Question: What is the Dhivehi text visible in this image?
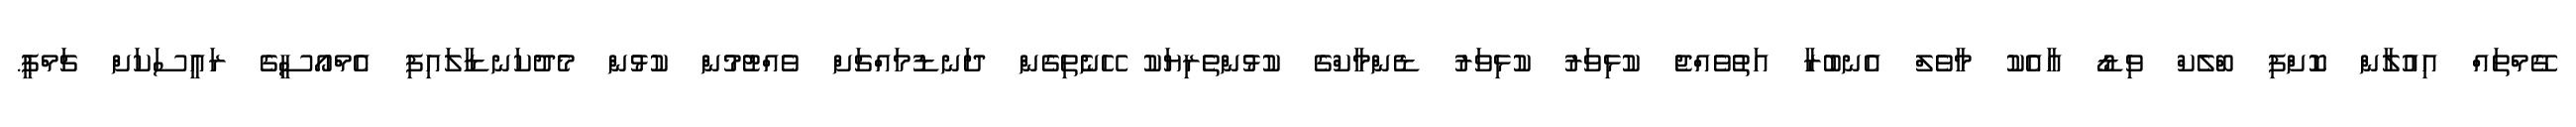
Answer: ގޭމްތައް އިއުލާން ކޮށްފި ބްލެކް ވިޑޯ އާއެކު މާވެލް އެނބުރާ އަތުވެއްޖެ ކުޅިވަރު ކުޅިވަރު ޑެންމާކްގެ ކުޅުންތެރިޔަކު ހޭނެތިގެން ދަނޑުމައްޗަށް ވެއްޓުމުން ކުޅުން މެދުކަނޑާލައިފި އެމްއޯސީގެ ރައީސަކަށް ޗަމްޕީ.